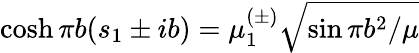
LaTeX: \cosh\pi b(s_{1}\pm ib)=\mu_{1}^{(\pm)}\sqrt{\sin\pi b^{2}/\mu}